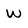
Character: w